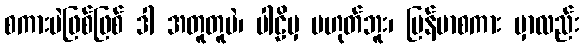
စကားပဲဖြစ်ဖြစ် ဒါ အတူတူပဲ၊ ပါဠိမှ မဟုတ်ဘူး၊ မြန်မာစကား မှာလည်း